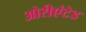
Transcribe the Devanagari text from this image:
ओरीएंटेड